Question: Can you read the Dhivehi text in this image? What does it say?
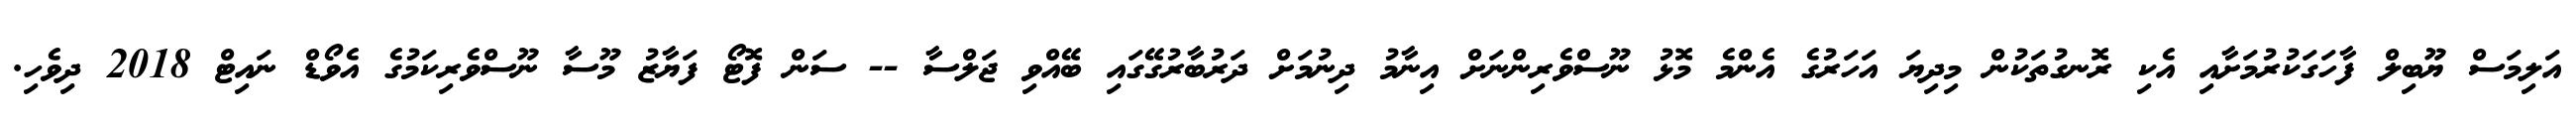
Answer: އަލިމަސް ޔޫބިލް ފާހަގަކުރުމަށާއި އެކި ރޮނގުތަކުން މިދިޔަ އަހަރުގެ އެންމެ މޮޅު ނޫސްވެރިންނަށް އިނާމު ދިނުމަށް ދަރުބާރުގޭގައި ބޭއްވި ޖަލްސާ -- ސަން ފޮޓޯ ފަޔާޒު މޫސާ ނޫސްވެރިކަމުގެ އެވޯޑް ނައިޓް 2018 ދިވެހި.